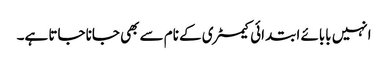
انہیں بابائے ابتدائی کیمسٹری کے نام سے بھی جانا جاتا ہے۔